Vaccination United Provinces of Agra and Oudh 1914-1922 - 1914-1922
Year: 1914
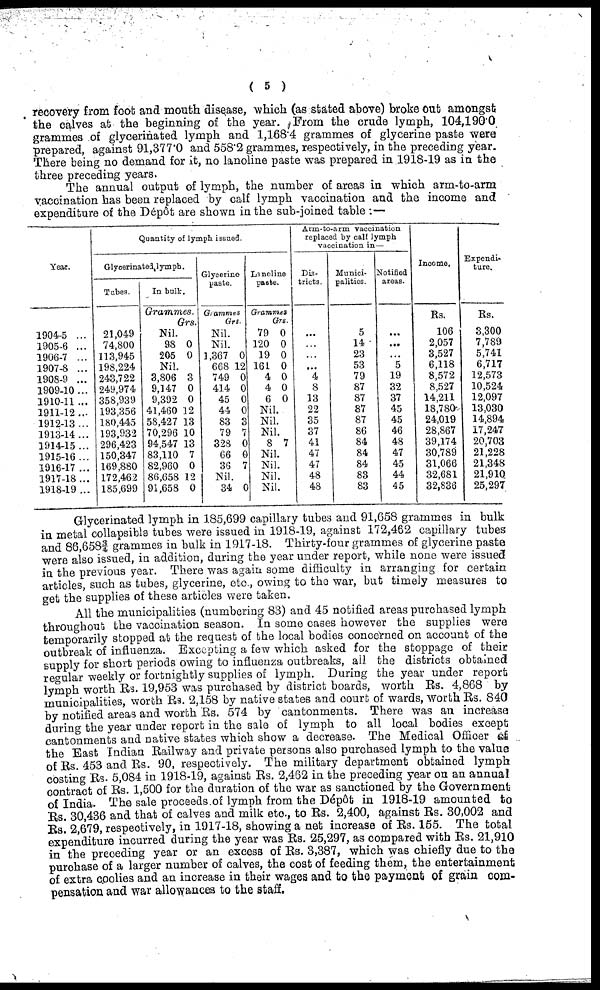
( 5 )
recovery from foot and mouth disease, which (as stated above) broke out amongst
the calves at the beginning of the year. From the crude lymph, 104,190.0
grammes of glycerinated lymph and 1,168.4 grammes of glycerine paste were
prepared, against 91,377.0 and 558.2 grammes, respectively, in the preceding year.
There being no demand for it, no lanoline paste was prepared in 1918-19 as in the
three preceding years.
The annual output of lymph, the number of areas in which arm-to-arm
vaccination has been replaced by calf lymph vaccination and the income and
expenditure of the Dépôt are shown in the sub-joined table :—
Year.
1904-5 ...
1905-6 ...
1906-7 ...
1907-8 ...
1908-9 ...
1909-10...
1910-11 ...
1911-12...
1912-13 ...
1913-14 ...
1914-15 ...
1915-16 ...
1916-17 ...
1917-18 ...
1918-19 ...
Quantity of lymph issued.
Glycerinated lymph.
Tubes.
21,049
74,800
113,945
198,224
243,722
249,974
358,939
193,356
180,445
193,932
296,423
150,347
169,880
172,462
185,699
In bulk.
Grammes.
Grs.
Nil.
98
205
0
0
Nil.
3,806
9,147
9,392
41,460
58,427
70,296
94,547
83,110
82,960
86,658
91,658
3
0
0
12
13
10
13
7
0
12
0
Glycerine
taste.
Grammes
Grs.
Nil.
Nil.
1,367
668
749
414
45
44
83
79
328
66
36
0
12
0
0
0
0
3
7
0
0
7
Nil.
34 0
Lanoline
paste.
Grammes
Grs.
79
120
19
161
4
4
6
0
0
0
0
0
0
0
Nil.
Nil.
Nil.
8 7
Nil.
Nil.
Nil.
Nil.
Arm-to-arm vaccination
replaced by call lymph
vaccination in —
Dis-
tricts.
...
...
...
...
4
8
13
22
35
37
41
47
47
48
48
Munici-
palities.
5
14
23
53
79
87
87
87
87
86
84
84
84
83
83
Notified
areas.
...
...
...
5
19
32
37
45
45
46
48
47
45
44
45
Income.
Rs.
106
2,057
3,527
6,118
8,572
8,527
14,211
18,780
24,019
28,867
39,174
30,789
31,066
32,681
32,836
Expendi-
ture.
Rs.
3,300
7,789
5,741
6,717
12,573
10,524
12,097
13,030
14,894
17,247
20,703
21,228
21,348
21,910
25,297
Glycerinated lymph in 185,699 capillary tubes and 91,658 grammes in bulk
in metal collapsible tubes were issued in 1918-19, against 172,462 capillary tubes
and 86,658¾ grammes in bulk in 1917-18. Thirty-four grammes of glycerine paste
were also issued, in addition, during the year under report, while none were issued
in the previous year. There was again some difficulty in arranging for certain
articles, such as tubes, glycerine, etc., owing to the war, but timely measures to
get the supplies of these articles were taken.
All the municipalities (numbering 83) and 45 notified areas purchased lymph
throughout the vaccination season. In some cases however the supplies were
temporarily stopped at the request of the local bodies concerned on account of the
outbreak of influenza. Excepting a few which asked for the stoppage of their
supply for short periods owing to influenza outbreaks, all the districts obtained
regular weekly or fortnightly supplies of lymph. During the year under report
lymph worth Rs. 19,953 was purchased by district boards, worth Rs. 4,868 by
municipalities, worth Rs. 2,158 by native states and court of wards, worth Rs. 840
by notified areas and worth Rs. 574 by cantonments. There was an increase
during the year under report in the sale of lymph to all local bodies except
cantonments and native states which show a decrease. The Medical Officer of
the East Indian Railway and private persons also purchased lymph to the value
of Rs. 453 and Rs. 90, respectively. The military department obtained lymph
costing Rs. 5,084 in 1918-19, against Rs. 2,462 in the preceding year on an annual
contract of Rs. 1,500 for the duration of the war as sanctioned by the Government
of India. The sale proceeds of lymph from the Dépôt in 1918-19 amounted to
Rs. 30,436 and that of calves and milk etc., to Rs. 2,400, against Rs. 30,002 and
Rs. 2,679, respectively, in 1917-18, showing a net increase of Rs. 155. The total
expenditure incurred during the year was Rs. 25,297, as compared with Rs. 21,910
in the preceding year or an excess of Rs. 3,387, which was chiefly due to the
purchase of a larger number of calves, the cost of feeding them, the entertainment
of extra coolies and an increase in their wages and to the payment of grain com-
pensation and war allowances to the staff.